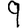
Digit: 9